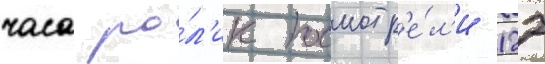
часа ро́л'ик посмотр'е́л'и 127